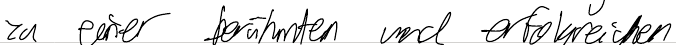
zu einer berühmten und erfolgreichen